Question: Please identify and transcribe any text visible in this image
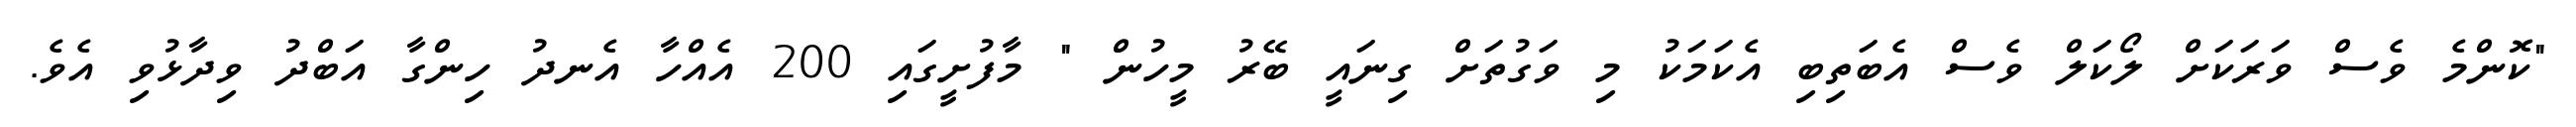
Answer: "ކޮންމެ ވެސް ވަރަކަށް ލޯކަލް ވެސް އެބަތިބި އެކަމަކު މި ވަގުތަށް ގިނައީ ބޭރު މީހުން " މާފުށީގައި 200 އެއްހާ އެނދު ހިންގާ އަބްދު ވިދާޅުވި އެވެ.